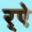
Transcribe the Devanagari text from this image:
र्‌ऐ